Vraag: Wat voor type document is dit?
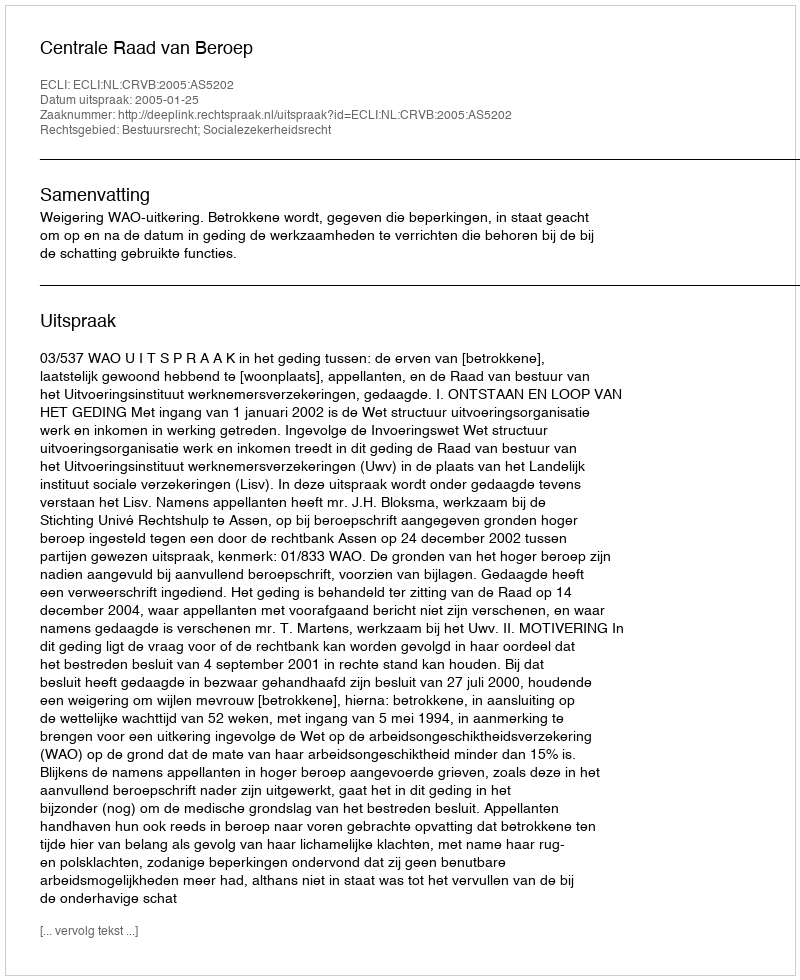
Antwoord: Uitspraak